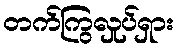
တက်ကြွလှုပ်ရှား